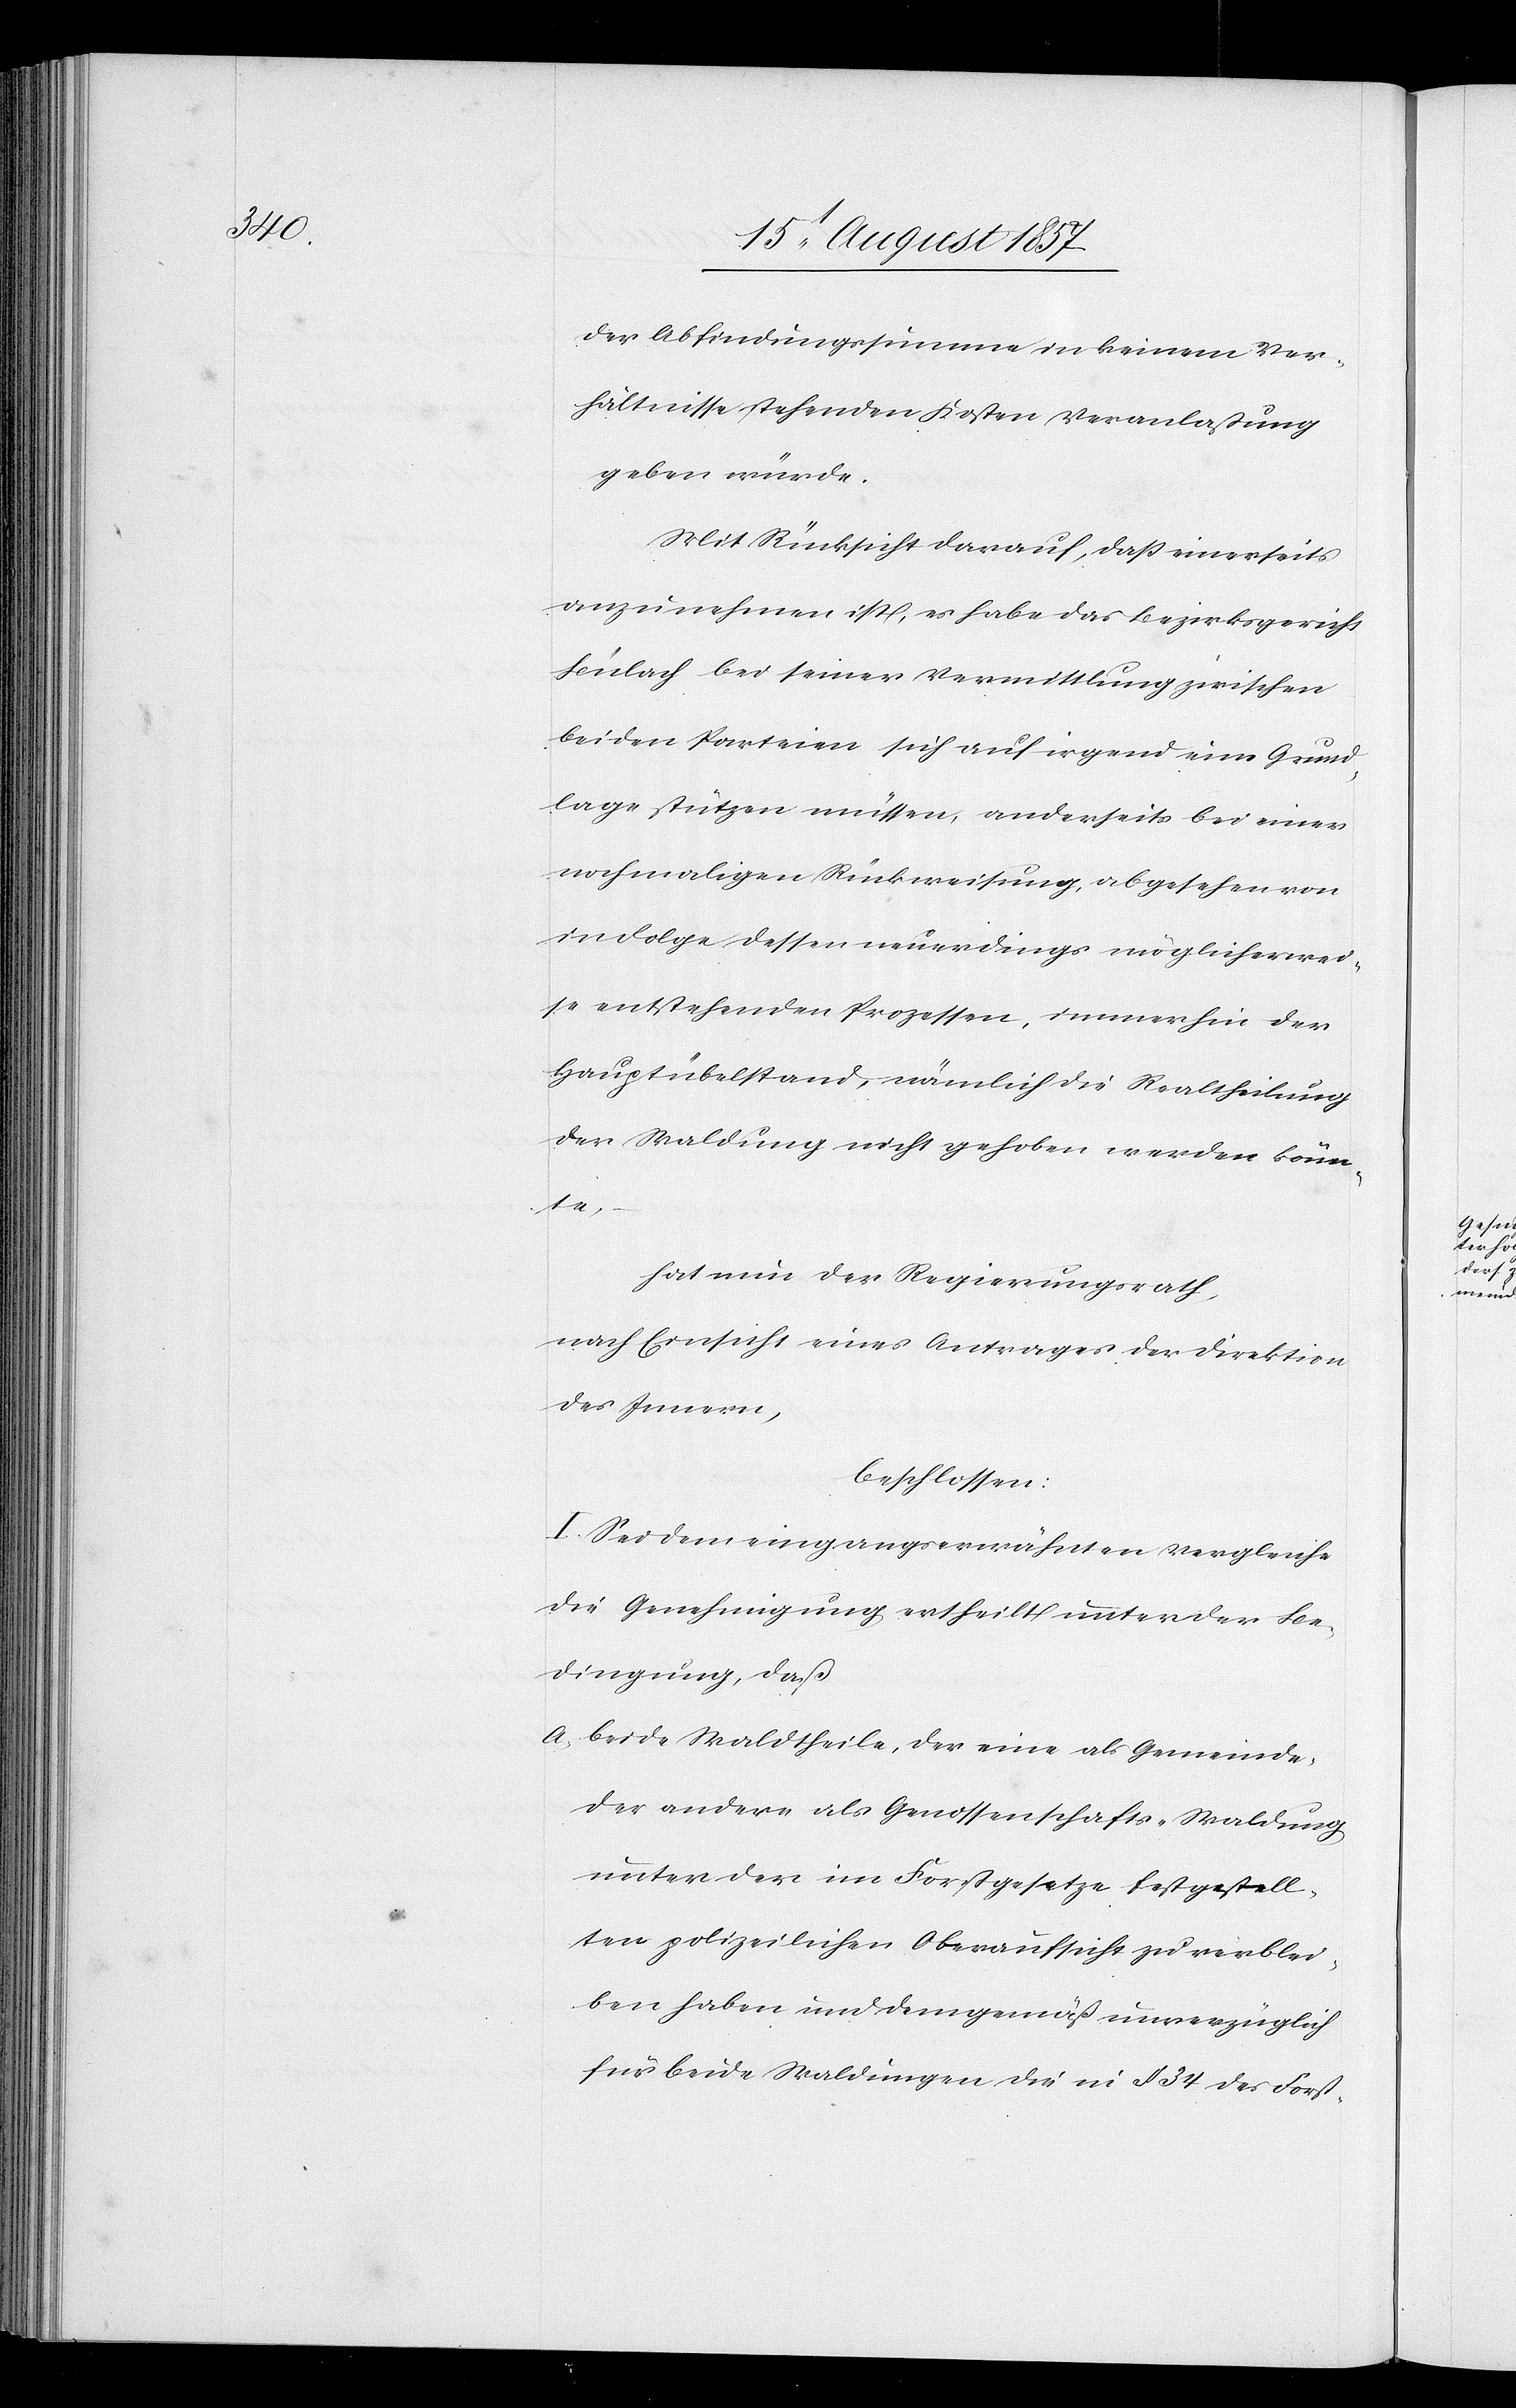
der Abfindungssumme in keinem Ver¬
hältnisse stehenden Kosten Veranlaßung
geben würde.
Mit Rücksicht darauf, daß einerseits
anzunehmen ist, es habe das Bezirksgericht
Bülach bei seiner Vermittlung zwischen
beiden Parteien sich auf irgend eine Grund¬
lage stützen müssen, anderseits bei einer
nochmaligen Rückweisung, abgesehen von
in Folge dessen neuerdings möglicherwei¬
se entstehenden Prozessen, immerhin der
Hauptübelstand, nämlich die Realtheilung
der Waldung nicht gehoben werden könn¬
te,
hat nun der Regierungsrath,
nach Einsicht eines Antrages der Direktion
des Innern,
beschlossen:
I. Sei dem eingangserwähnten Vergleiche
die Genehmigung ertheilt unter der Be¬
dingung, daß
a) beide Waldtheile, der eine als Gemeinde-
der andere als Genossenschafts-Waldung
unter der im Forstgesetze festgestell¬
ten polizeilichen Oberaufsicht zu verblei¬
ben haben und demgemäß unverzüglich
für beide Waldungen die in § 34 des Forst-